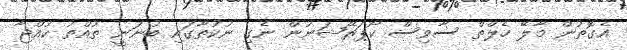
އެގޮތުން މާލޭ ހެލްތް ސާވިސް ކޯޕަރޭޝަނުން ނެގި ނުކުތާގައި ބުނަނީ ތުއްތު ކުއްޖާ